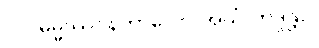
၂။  ဓမ္မဿဝနကာလော အယံ ဘဒ္ဒန္တာ။